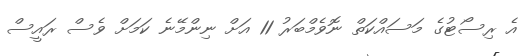
އެ ރިސޯޓުގެ މަސައްކަތް ނޮވެމްބަރު 11 އަށް ނިންމޭނެ ކަމަށް ވެސް ރައީސް